Lunatic asylums United Prov. 1922-30 - 1922-1930
Year: 1922
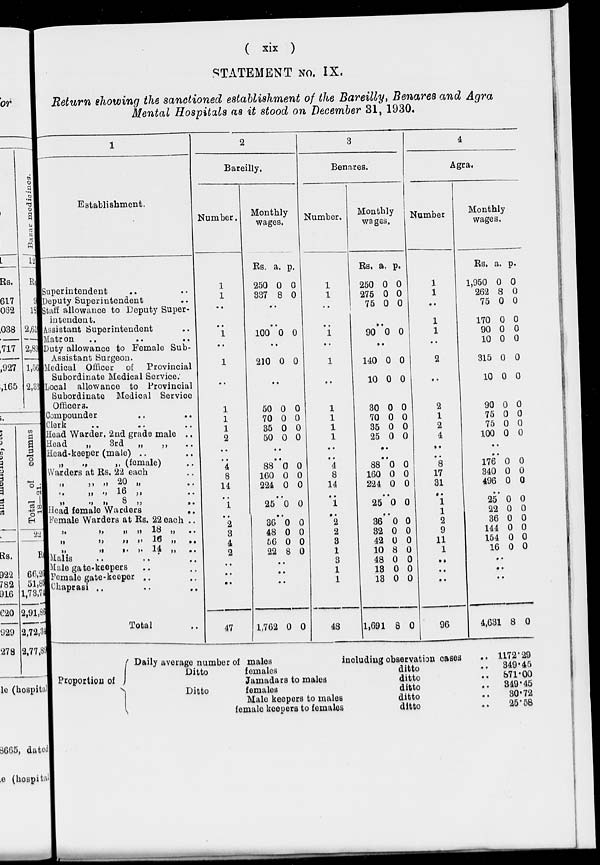
( xix )
STATEMENT No. IX.
Return showing the sanctioned establishment of the Bareilly, Benares and Agra
Mental Hospitals as it stood on December 31, 1930.
1
Establishment.
Superintendent .. ..
Deputy Superintendent ..
Staff allowance to Deputy Super-
intendent.
Assistant Superintendent
..
Matron .. .. ..
Duty allowance to Female Sub¬
Assistant Surgeon.
Medical Officer
of
Provincial
Subordinate Medical Service.
Local allowance to Provincial
Subordinate Medical Service
Officers.
Compounder .. ..
Clerk .. .. ..
Head Warder, 2nd grade male ..
Head
„
3rd
„
„
Head-keeper (male) .. ..
„
„
(female) ..
Warders at Rs. 22 each ..
„ „ „ 20 „ ..
„ „ „ 16 „ ..
„ „ „ 8 „ ..
Head female Warders ..
Female Warders at Rs. 22 each ..
„
„
„
„
18
„
..
„ „ „ „ 16 „ ..
„ „ „ „ 8 „ ..
Malls .. .. ..
Male gate keepers .. ..
Female gate-keeper .. ..
Chaprasi .. .. ..
Total ..
2
Bareilly.
Number.
1
1
..
..
1
..
1
..
1
1
1
2
..
..
4
8
14
..
1
..
2
3
4
2
..
..
..
47
Monthly
wages.
Rs.
250
337
..
..
100
a.
0
8
..
..
0
p.
0
0
..
..
0
..
210 0 0
..
50
70
35
50
..
..
88
160
224
0
0
0
0
..
..
0
0
0
0
0
0
0
..
..
0
0
0
...
25 0 0
..
36
48
56
22
0
0
0
8
0
0
0
0
..
..
..
1,762 0 0
3
Benares.
Number.
1
1
..
..
1
..
1
..
1
1
1
1
..
..
4
8
14
..
1
..
2
2
3
1
3
1
1
48
Monthly
wages.
Rs.
250
275
75
a.
0
0
0
p.
0
0
0
..
90 0 0
..
140
10
30
70
35
25
..
..
88
160
224
0
0
0
0
0
0
0
..
..
0
0
0
0
0
0
0
0
0
0
..
..
0
0
0
..
25 0 0
..
36
32
42
10
48
13
13
1,691
0
0
0
8
0
0
0
8
0
0
0
0
0
0
0
0
4
Agra.
Number
1
1
..
1
1
..
2
..
2
1
2
4
..
..
8
17
31
..
1
1
2
9
11
1
..
..
..
96
Monthly
wages.
Rs.
1,950
262
75
170
90
10
315
10
10
90
75
75
100
..
..
176
340 496
..
25
22
36
144
154
16
a.
0
8
0
0
0
0
0
0
0
0
0
0 0
..
..
0
0 0
0
0
0
0
0 0
0
p.
0
0
0
0
0
0
0
0
0
0
0
0 0
..
..
0
0 0
0
0
0
0
0
0
0
..
..
..
4,631 8
0
Proportion of
Daily average number of males
including observation cases ..
Ditto
females
ditto ..
Jamadars to males
ditto ..
Ditto
females
ditto ..
Male keepers to males
ditto ..
female keepers to females
ditto ..
1172.29
349.45
871.00
349.45
30.72
25.58